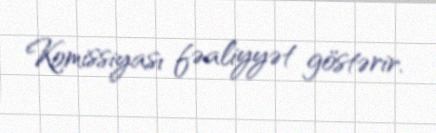
Komissiyası fəaliyyət göstərir.